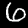
Digit: 6